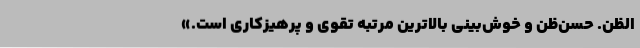
الظَّنِّ. حسن‌ظن و خوش‌بینی بالاترین مرتبه تقوی و پرهیزکاری است.»